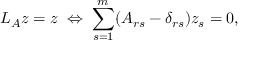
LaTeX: L _ { A } z = z \; \Leftrightarrow \; \sum _ { s = 1 } ^ { m } ( A _ { r s } - \delta _ { r s } ) z _ { s } = 0 , \nonumber